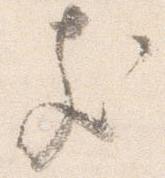
支